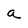
Character: a